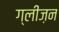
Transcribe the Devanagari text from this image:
ग्लीज़न